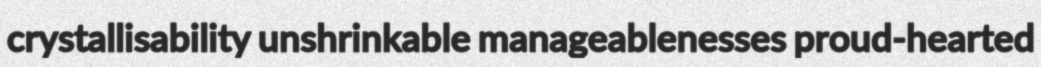
crystallisability unshrinkable manageablenesses proud-hearted